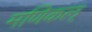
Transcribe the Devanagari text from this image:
मणिकल्